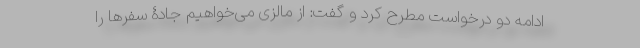
ادامه دو درخواست مطرح کرد و گفت: از مالزی می‌خواهیم جادۀ سفرها را